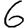
Digit: 6